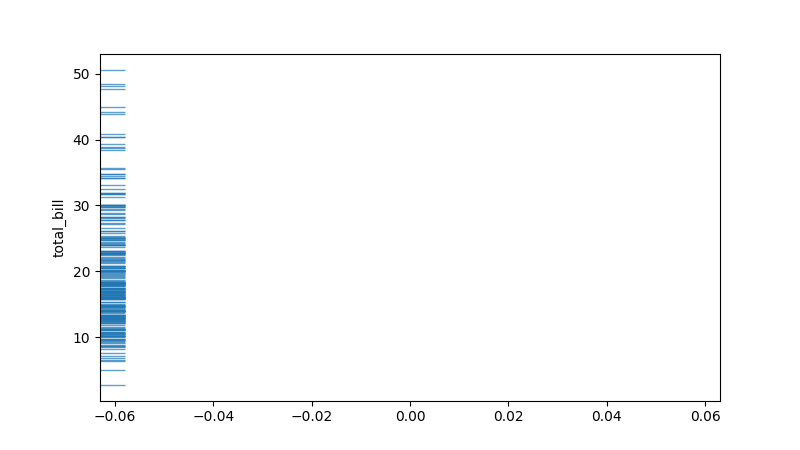
python, seaborn, rugplot, height=0.04, axis='y', alpha=0.7